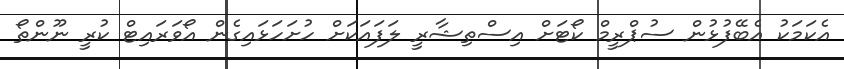
އެކަމަކު އެބޭފުޅުން ސުޕްރީމް ކޯޓަށް އިސްތިޝާރީ ލަފައަކަށް ހުށަހަޅައިގެން އޯވަރައިޓް ކުރީ ނޫންތޯ